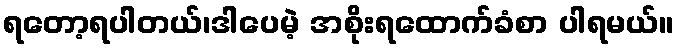
ရတော့ရပါတယ်၊ဒါပေမဲ့ အစိုးရထောက်ခံစာ ပါရမယ်။